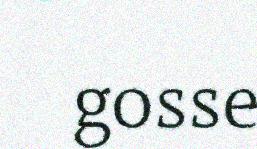
gosse